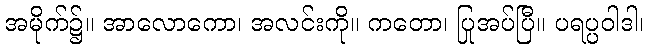
အမိုက်၌။ အာလောကော၊ အလင်းကို။ ကတော၊ ပြုအပ်ပြီ။ ပရပ္ပဝါဒါ၊